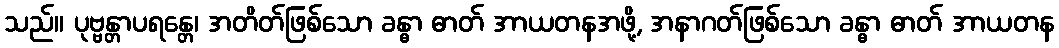
သည်။ ပုဗ္ဗန္တာပရန္တေ၊ အတိတ်ဖြစ်သော ခန္ဓာ ဓာတ် အာယတနအဖို့, အနာဂတ်ဖြစ်သော ခန္ဓာ ဓာတ် အာယတန